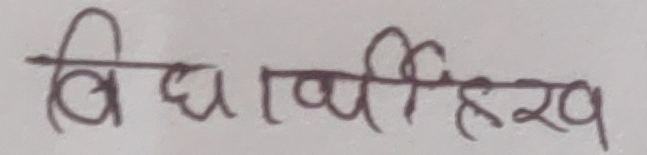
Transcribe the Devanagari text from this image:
विद्यार्थीहरु